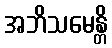
အဘိသမေန္တိ